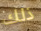
ذلك